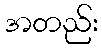
အတည်း